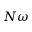
N \omega